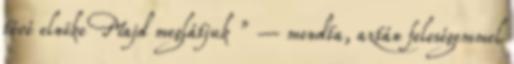
tévé elnöke Majd meglátjuk ” – mondta, aztán feleségemmel